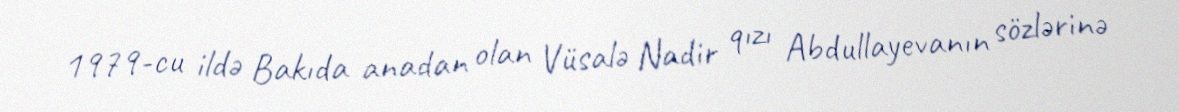
1979-cu ildə Bakıda anadan olan Vüsalə Nadir qızı Abdullayevanın sözlərinə